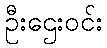
ဦးဌေးဝင်း